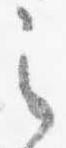
之